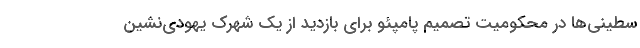
سطینی‌ها در محکومیت تصمیم پامپئو برای بازدید از یک شهرک یهودی‌نشین